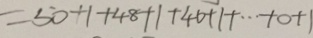
= 5 0 + 1 + 4 8 + 1 + 4 0 + 1 \cdots + 0 + 1